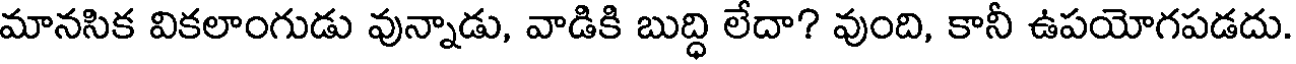
మానసిక వికలాంగుడు వున్నాడు, వాడికి బుద్ధి లేదా? వుంది, కానీ ఉపయోగపడదు.